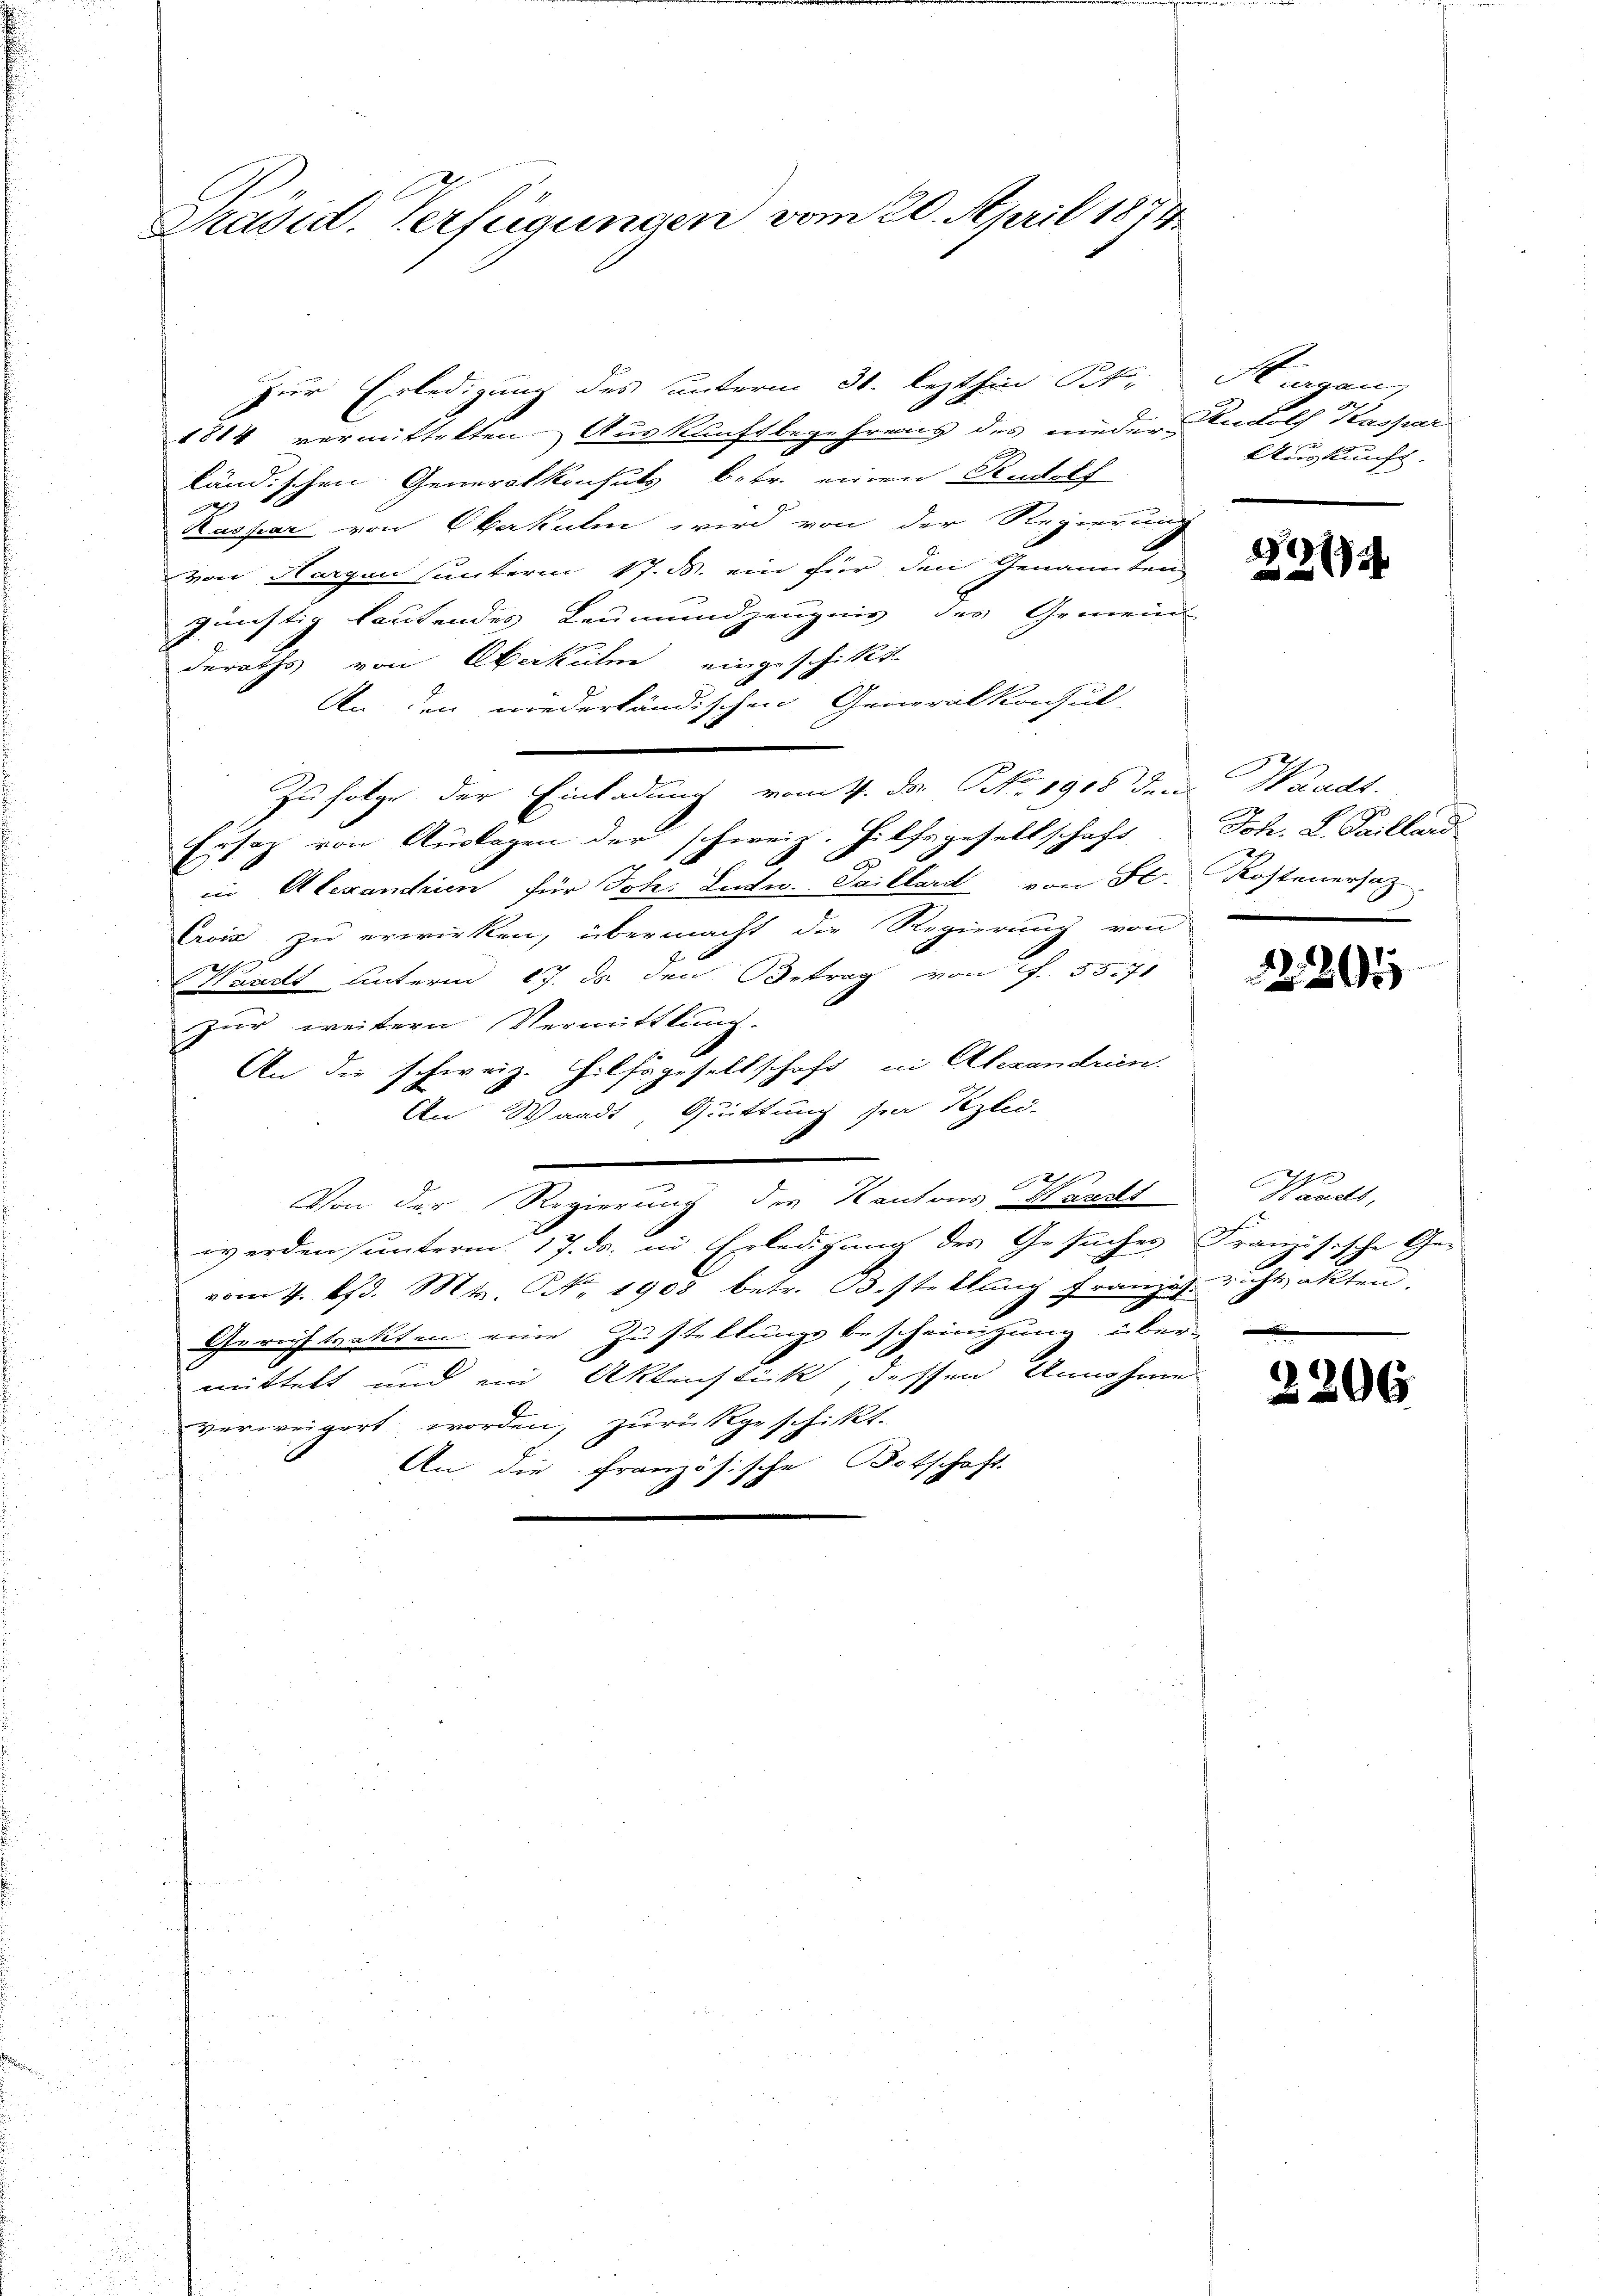
Präsid. Verfügungen vom 20. April 1874

Zur Erledigung des unterm 31. lezthin St
1814 vermittelten Auskunftbegehrens des nieder Rudolf Kaspar
ländischen Generalkonsuls betr. einen Rudolf
f
Kaspar von Okakalen wird von der Regierung
von Nargen unterm 17. M. ein für den Genannten
zünftig lautendes Leumundszeugnis des Gemeind
deraths von Oberkulm eingeschikt
An den niederländischen Generalkonsul-
Zufolge der Einladung vom 4. J. NNo. 1918 den Waadt.
saz von Auslagen der schweiz. Hilfsgesellschaft
d
d
in Alexandrien für Joh. Ludw.. Saillard von Se.
Ervić zu erwirken, übermacht die Regierung von
Waadt unterm 17. ds. den Betrag von f. 55. 71
zur weitern Vermittlung.
An die schweiz. Hilfsgesellschaft in Alexandrien.
An Waadt, Quittung sie Szlei-
2
Von der Regierung des Kantons-Markt
werden sunterm 17. ds. in Erledigung des Gesuches Französische Ge-
vom 4. Pfd. Mts. No 1908 betr. Bestellung französ. Richtsakten,
Gerich trakten eine Zustellungsbescheinigung über-
wettelt und ein Aktenstück, dessen Annahme
verweigert worden, zurückgeschikt.
An die französische Botschaft.

Kragen,
Auskunft.

21191

Joh. L. Sailland.
Kosteneraz
m

1220

Wanals,
x

2206